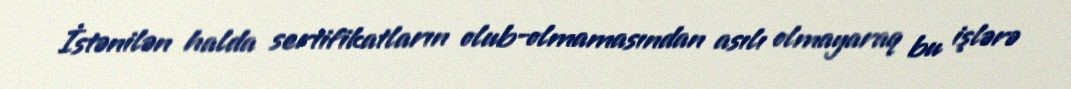
İstənilən halda sertifikatların olub-olmamasından asılı olmayaraq bu işlərə